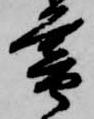
暮